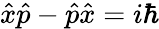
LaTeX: {\hat{x}}{\hat{p}}-{\hat{p}}{\hat{x}}=i\hbar